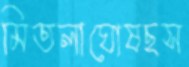
মিতলাঘোষছস